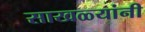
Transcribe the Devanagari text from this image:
साखळ्यांनी